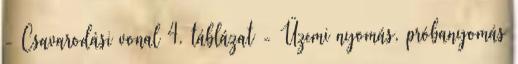
- Csavarodási vonal 4. táblázat - Üzemi nyomás, próbanyomás